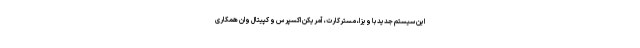
این سیستم جدید با ویزا، مسترکارت، آمریکن اکسپرس و کپیتال وان همکاری